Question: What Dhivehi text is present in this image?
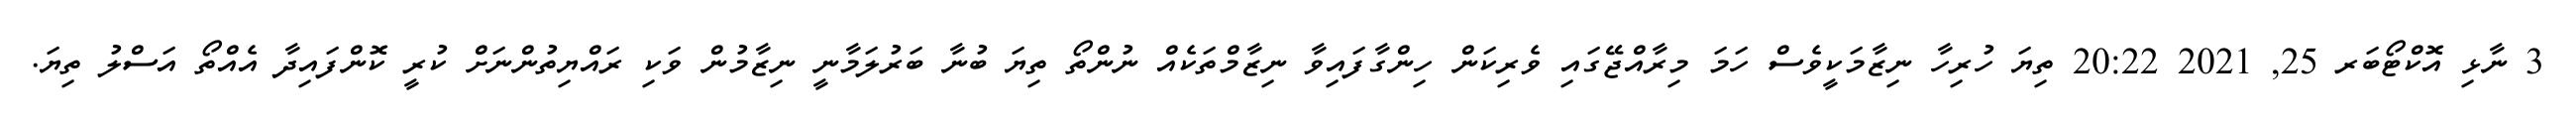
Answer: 3 ނާޅި އޮކްޓޯބަރ 25, 2021 20:22 ތިޔަ ހުރިހާ ނިޒާމަކީވެސް ހަމަ މިރާއްޖޭގައި ވެރިކަން ހިންގާފައިވާ ނިޒާމްތަކެއް ނުންތޯ ތިޔަ ބުނާ ބަރުލަމާނީ ނިޒާމުން ވަކި ރައްޔިތުންނަށް ކުރީ ކޮންފައިދާ އެއްތޯ އަސްލު ތިޔަ.